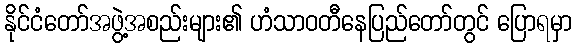
နိုင်ငံတော်အဖွဲ့အစည်းများ၏ ဟံသာဝတီနေပြည်တော်တွင် ပြောရမှာ